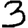
Digit: 3